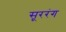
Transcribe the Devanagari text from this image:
सूररंग